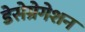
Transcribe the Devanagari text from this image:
डेसेग्रेगेशन